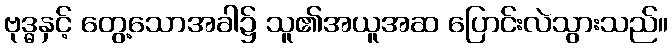
ဗုဒ္ဓနှင့် တွေ့သောအခါ၌ သူ၏အယူအဆ ပြောင်းလဲသွားသည်။